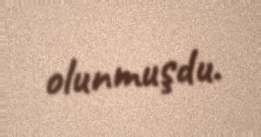
olunmuşdu.